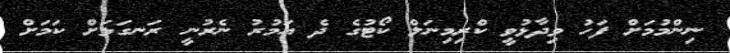
ނިންމުމަށް ފަހު ވިދާޅުވީ ކްރިމިނަލް ކޯޓުގެ ދެ އަމުރު ނެރުނީ ރަނގަޅަށް ކަމަށް